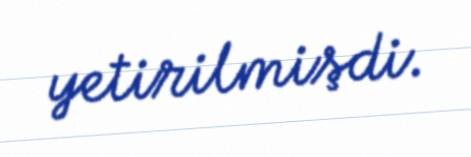
yetirilmişdi.